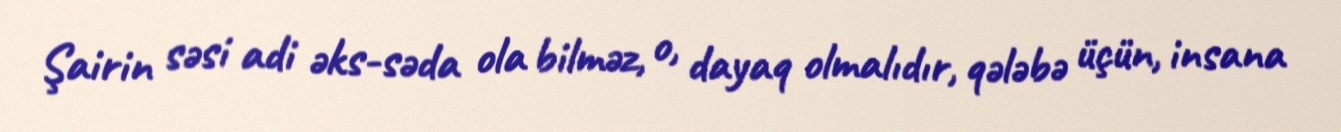
Şairin səsi adi əks-səda ola bilməz, o, dayaq olmalıdır, qələbə üçün, insana